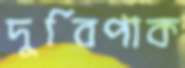
দুর্বিপাক